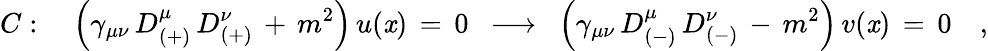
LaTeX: C:\quad\left(\gamma_{\mu\nu}\, D_{(+)}^{\mu}\, D_{(+)}^{\nu}\, +\, m^{2}\right)\, u(\mathit{x})\, =\, 0\, \, \, \longrightarrow\, \, \, \left(\gamma_{\mu\nu}\, D_{(-)}^{\mu}\, D_{(-)}^{\nu}\, -\, m^{2}\right)\, v(\mathit{x})\, =\, 0\quad,